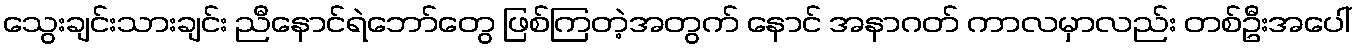
သွေးချင်းသားချင်း ညီနောင်ရဲဘော်တွေ ဖြစ်ကြတဲ့အတွက် နောင် အနာဂတ် ကာလမှာလည်း တစ်ဦးအပေါ်